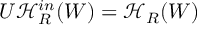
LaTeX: U \mathcal { H } _ { R } ^ { i n } ( W ) = \mathcal { H } _ { R } ( W )